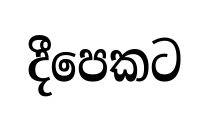
දීපෙකට